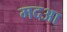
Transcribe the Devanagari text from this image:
मदआ